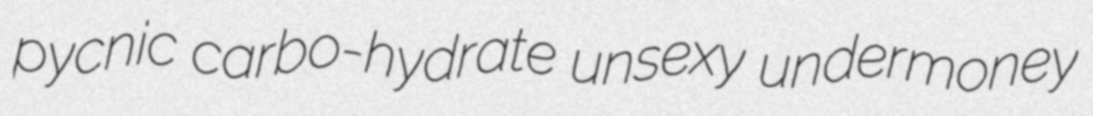
pycnic carbo-hydrate unsexy undermoney